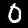
Label: 0